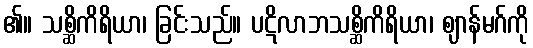
၏။ သစ္ဆိကိရိယာ၊ ခြင်းသည်။ ပဋိလာဘသစ္ဆိကိရိယာ၊ ဈာန်မဂ်ကို